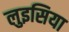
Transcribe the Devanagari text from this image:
लुइसिया